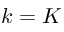
k = K